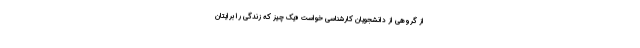
از گروهی از دانشجویان کارشناسی خواست «یک چیز که زندگی را برایتان